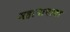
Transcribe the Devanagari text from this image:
महापापाचा